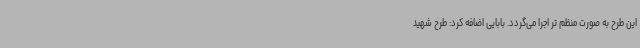
این طرح به صورت منظم تر اجرا می‌گردد. بابایی اضافه کرد: طرح شهید